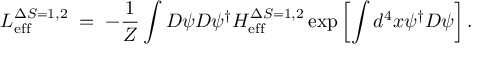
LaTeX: { \cal L } _ { \mathrm { e f f } } ^ { \Delta S = 1 , 2 } \; = \; - \frac { 1 } { \cal Z } \int { \cal D } \psi { \cal D } \psi ^ { \dagger } { \cal H } _ { \mathrm { e f f } } ^ { \Delta S = 1 , 2 } \exp \left[ \int d ^ { 4 } x \psi ^ { \dagger } D \psi \right] .